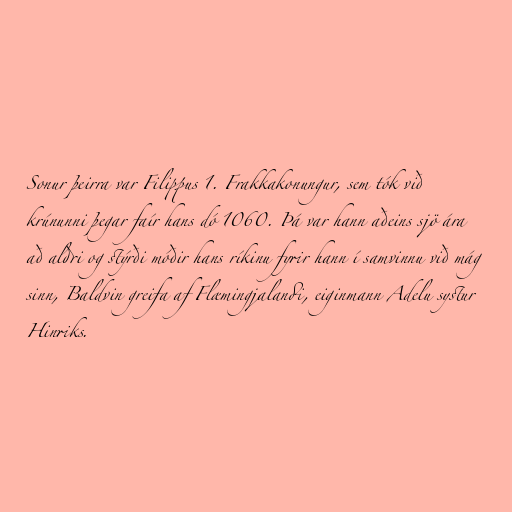
Sonur þeirra var Filippus 1. Frakkakonungur, sem tók við
krúnunni þegar faír hans dó 1060. Þá var hann aðeins sjö ára
að aldri og stýrði móðir hans ríkinu fyrir hann í samvinnu við mág
sinn, Baldvin greifa af Flæmingjalandi, eiginmann Adelu systur
Hinriks.